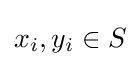
x_{i},y_{i}\in S